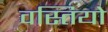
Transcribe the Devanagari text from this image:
वस्तियो